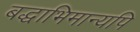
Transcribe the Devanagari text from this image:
बद्धाभिमान्यपि